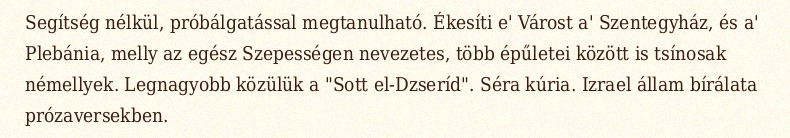
Segítség nélkül, próbálgatással megtanulható. Ékesíti e' Várost a' Szentegyház, és a' Plebánia, melly az egész Szepességen nevezetes, több épűletei között is tsínosak némellyek. Legnagyobb közülük a "Sott el-Dzseríd". Séra kúria. Izrael állam bírálata prózaversekben.